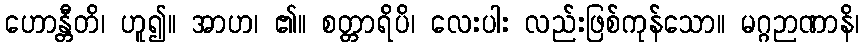
ဟောန္တီတိ၊ ဟူ၍။ အာဟ၊ ၏။ စတ္တာရိပိ၊ လေးပါး လည်းဖြစ်ကုန်သော။ မဂ္ဂဉာဏာနိ၊